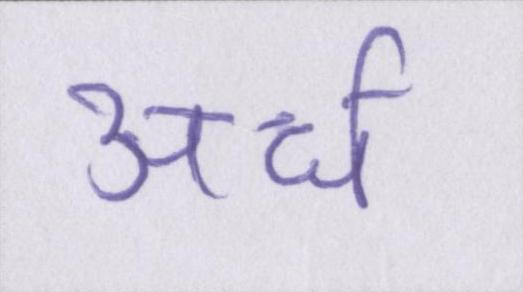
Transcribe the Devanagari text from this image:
अर्ध